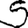
Digit: 5